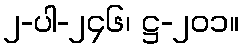
၂-ပါ-၂၄၆၊ ဋ္ဌ-၂၀၁။